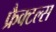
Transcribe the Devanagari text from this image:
फ्रैक्टल्स